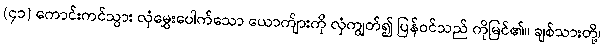
(၄၁) ကောင်းကင်သွား လှံမွှေးပေါက်သော ယောက်ျားကို လှံကျွတ်၍ ပြန်ဝင်သည် ကိုမြင်၏။ ချစ်သားတို့၊